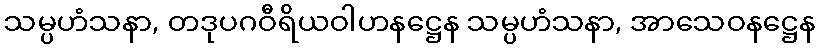
သမ္ပဟံသနာ, တဒုပဂဝီရိယဝါဟနဋ္ဌေန သမ္ပဟံသနာ, အာသေဝနဋ္ဌေန